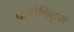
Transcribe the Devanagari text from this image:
फोर्टश्रिट्स